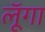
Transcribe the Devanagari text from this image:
लूॅगा